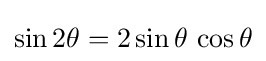
\sin 2\theta =2\sin \theta \,\cos \theta